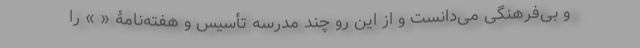
و بی‌فرهنگی می‌دانست و از این رو چند مدرسه تأسیس و هفته‌نامۀ « » را